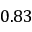
0 . 8 3